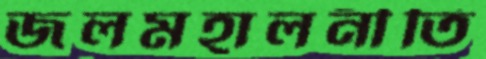
জলমহালনীতি